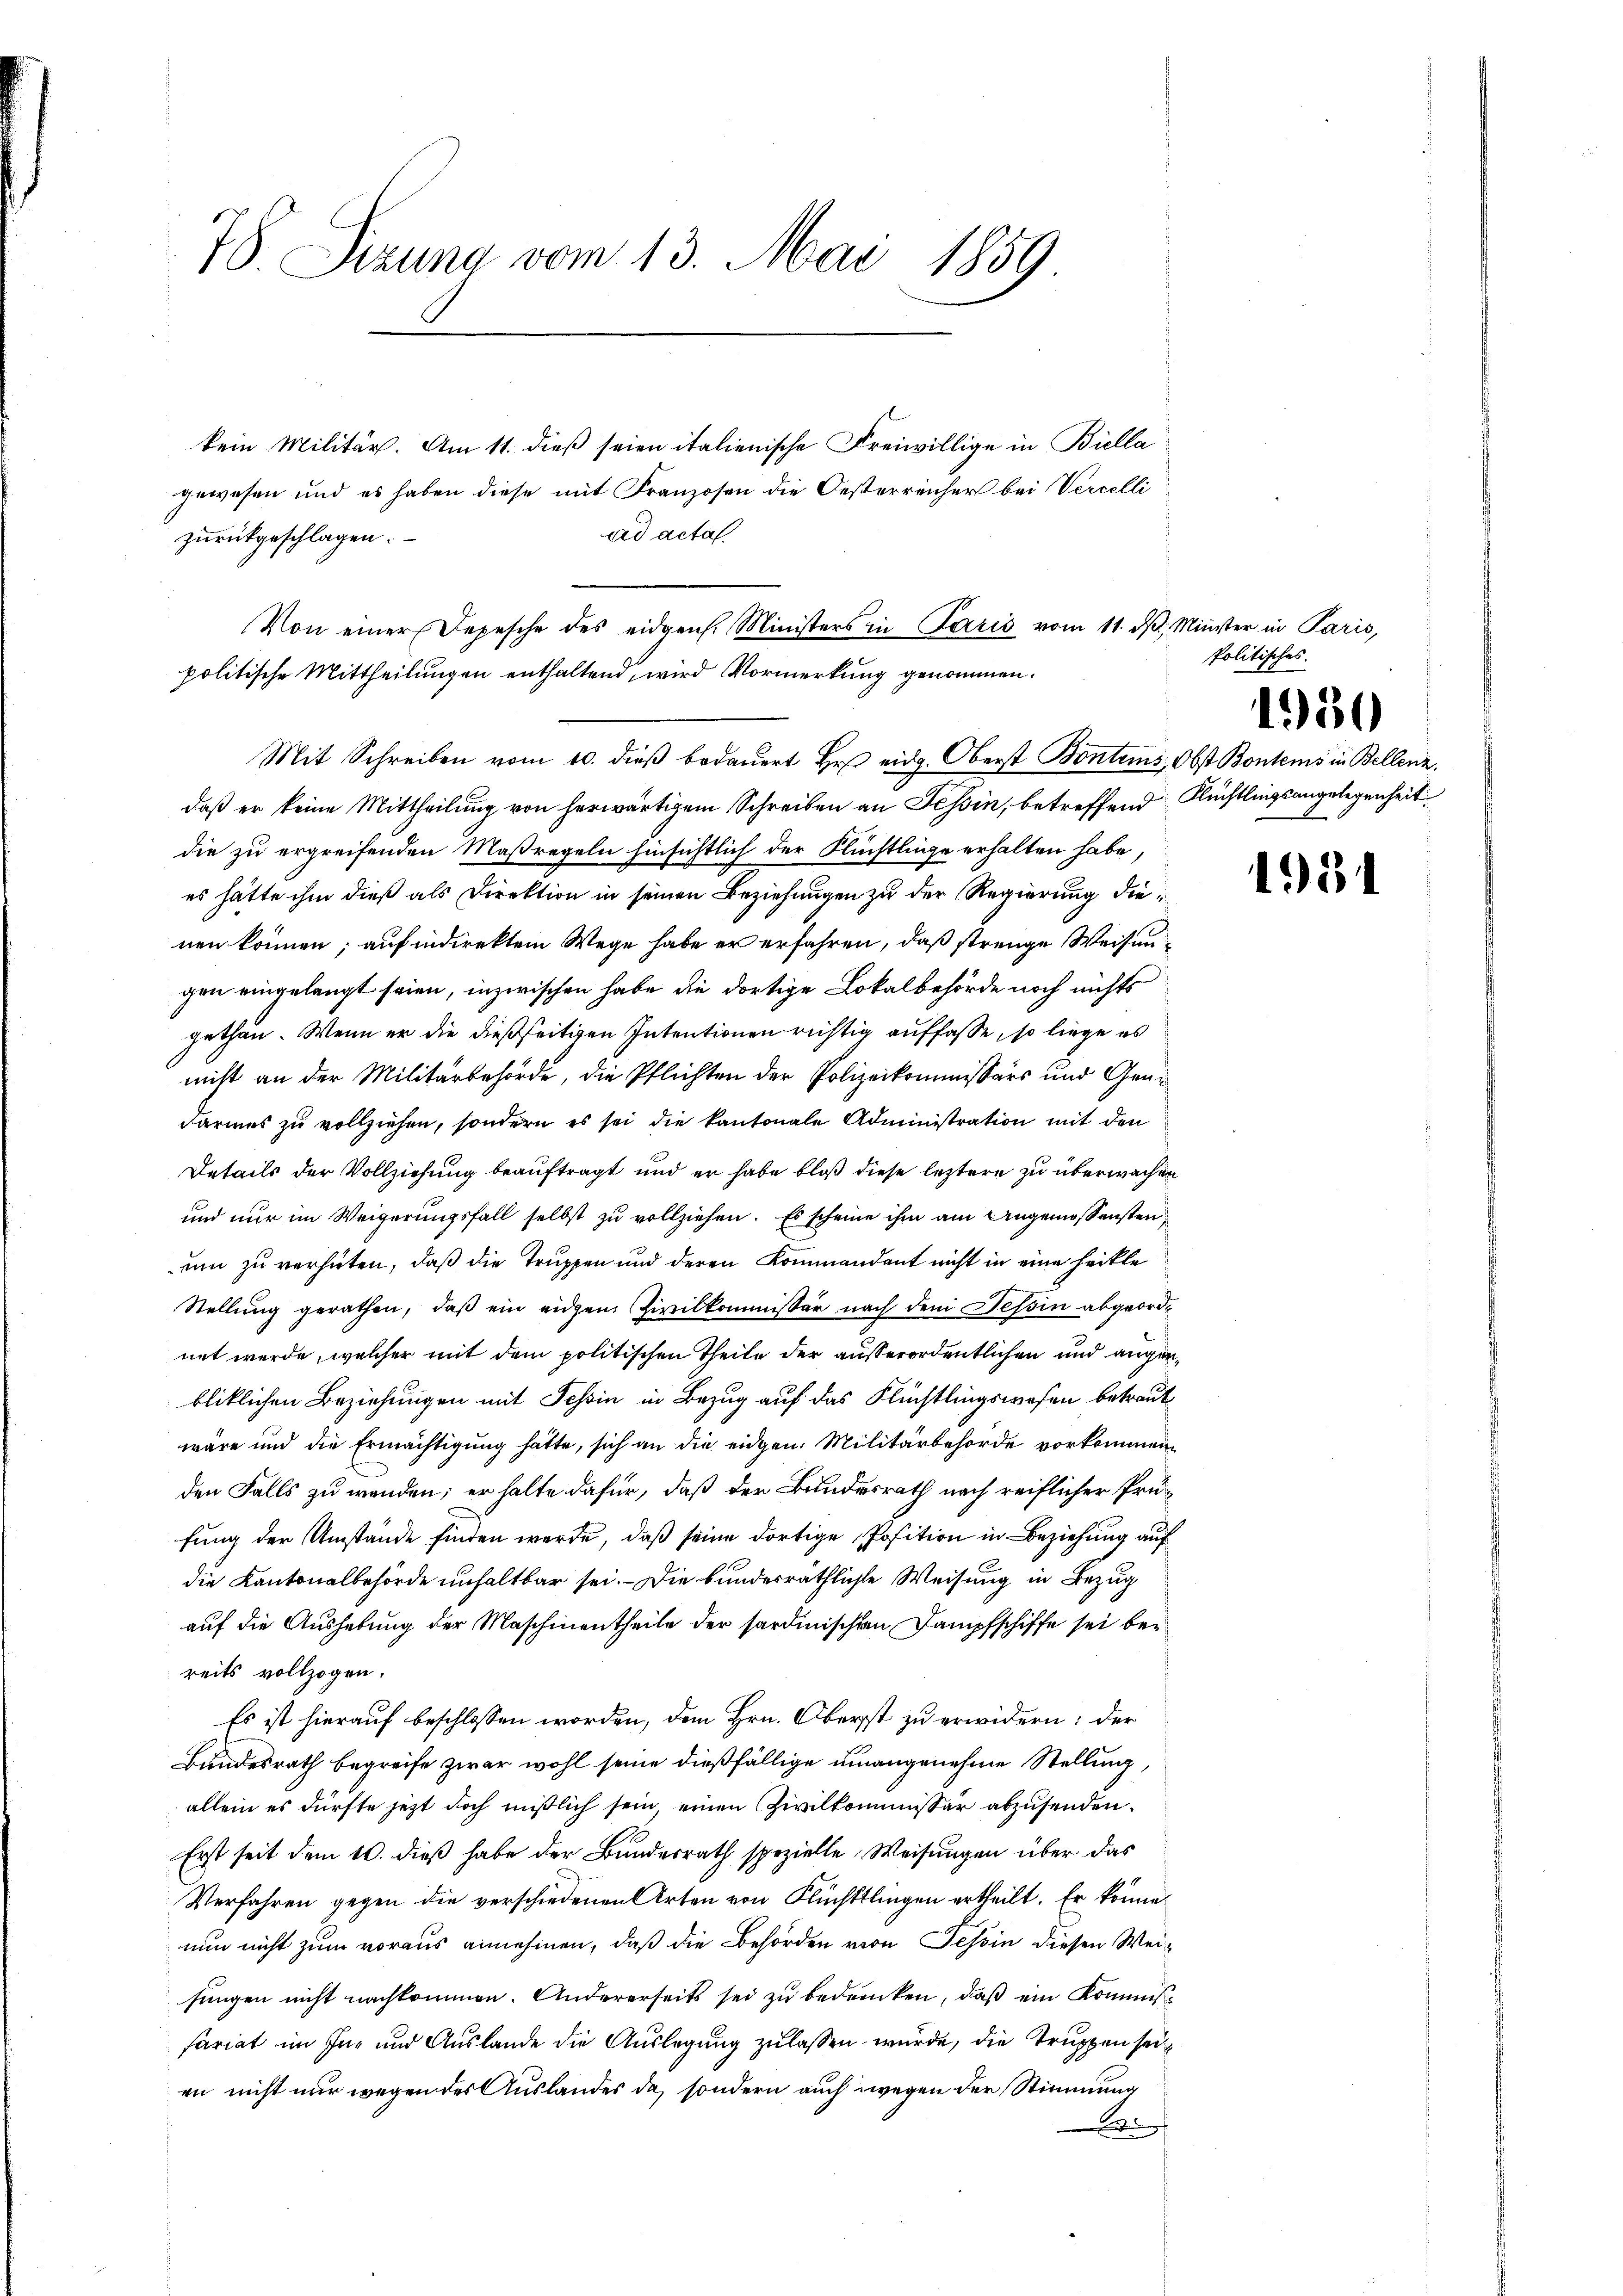
78. Sizung vom 13. Mai 1859

kein Militär. Am 11. dieß seien italienische Freiwillige in Biella
gewesen und es haben diese mit Franzosen die Oesterreichers bei Verzelli
ad acta.
zurückgeschlagen.

Von einer Depesche des eidgen. Ministers in Paris vom 11. d. Minister
politische Mittheilungen enthaltend, wird Vormerkung genommen.
Mit Schreiben vom 10. dieβ bedauert Hr. eidg. Oberst Bontems, Obst Bontems in Bellenz,

daß er keine Mittheilung von herwärtigem Schreiben an Tessin, betreffend Flüchtlingsangelegenheit
die zu ergreifenden Maßregeln hinsichtlich der Flüchtlinge erhalten habe,
es hätte ihm dieß als Direktion in seinen Beziehungen zu der Regierung dienen können; auf indirektem Wege habe er erfahren, daß strenge Weisengen eingelangt seien, inzwischen habe die dortige Lokalbehörde noch nichts
gethan. Wenn er die dießseitigen Intentionen richtig auffasse, so liege es
nicht an der Militärbehörde, die Pflichten der Polizeikommissärs und Geni
darmes zu vollziehen, sondern es sei die kantonale Administration mit den
Details der Vollziehung beauftragt und er habe bloß diese leztere zu überwachen
und nur im Weigerungsfall selbst zu vollziehen. Es scheine ihm am Angemessensten
um zu verhüten, daß die Truppen und deren Kommandant nicht in eine heikle
Stellŭng gerathen, daβ ein eigen Zivilkommissär nach dem Tessin abgeordnet werde, welcher mit dem politischen Theile der außerordentlichen und angenbliklichen Beziehungen mit Schin in Bezug auf das Flüchtlingswesen betraut
wäre und die Ermächtigung hätte, sich an die eidgen. Militärbehörde vorkommen
den Falls zu wenden; er halte dafür, daß der Bundesrath nach reiflicher Prüfung der Umstände finden werde, daß seine dortige Position in Beziehung auf
die Kantonalbehörde unhaltbar sei. Die bundesräthliche Weisung in Bezug
auf die Aushebung der Maschinentheile der sardinischen Dampfschiffe sei bereits vollzogen.
Es ist hierauf beschlossen worden, dem Hrn. Oberst zu erwidern: der
Bundesrath begreife zwar wohl seine dießfällige unangenehme Stellung,
allein es dürfte jetzt doch mißlich sein, einen Zivilkommissär abzusenden.
Erst seit dem 10. dieß habe der Bundesrath spezielle Weisungen über das
Verfahren gegen die verschiedenen Arten von Flüchtlingen ertheilt. Er könne
nun nicht zum voraus annehmen, daß die Behörden von Tessin diesen Weifungen nicht nachkommen. Andererseits sei zu bedrücken, daß ein Kommisfariat im In- und Auslande die Auslegung zu lassen wurde, die Truppen seien nicht nur wegen des Auslandes da, sondern auch wegen der Stimmung
B

Politi

Paris,

1950

12